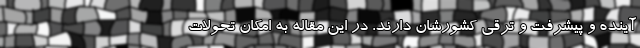
آینده و پیشرفت و ترقی کشورشان دارند. در این مقاله به امکان تحولات